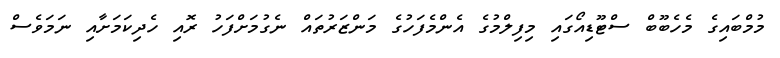
މުމްބައިގެ މެހެބޫބް ސްޓޫޑިއޯގައި މިފިލްމުގެ އެންމެފަހުގެ މަންޒަރުތައް ނެގުމަށްފަހު ރޮއި ހެދިކަމަށާއި ނަމަވެސް